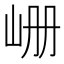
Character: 𪨪